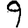
Digit: 9